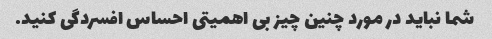
شما نباید در مورد چنین چیز بی اهمیتی احساس افسردگی کنید.